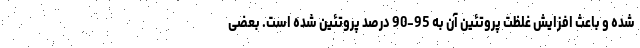
شده و باعث افزایش غلظت پروتئین آن به 95-90 درصد پروتئین شده است. بعضی